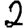
Digit: 2